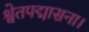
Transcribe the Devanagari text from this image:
श्वेतपद्मासना।